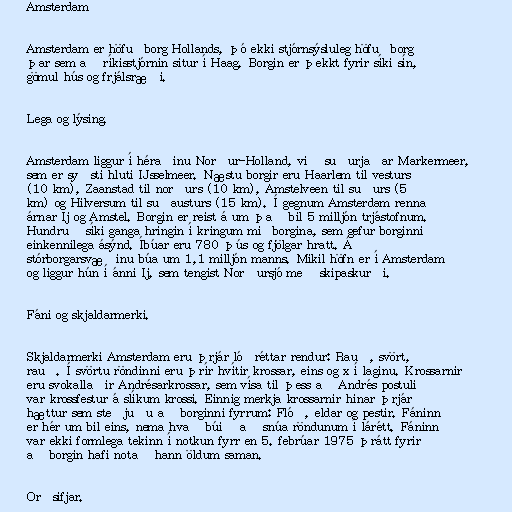
Amsterdam

Amsterdam er höfuðborg Hollands, þó ekki stjórnsýsluleg höfuðborg
þar sem að ríkisstjórnin situr í Haag. Borgin er þekkt fyrir síki sín,
gömul hús og frjálsræði.

Lega og lýsing.

Amsterdam liggur í héraðinu Norður-Holland, við suðurjaðar Markermeer,
sem er syðsti hluti IJsselmeer. Næstu borgir eru Haarlem til vesturs
(10 km), Zaanstad til norðurs (10 km), Amstelveen til suðurs (5
km) og Hilversum til suðausturs (15 km). Í gegnum Amsterdam renna
árnar Ij og Amstel. Borgin er reist á um það bil 5 milljón trjástofnum.
Hundruð síki ganga hringin í kringum miðborgina, sem gefur borginni
einkennilega ásýnd. Íbúar eru 780 þús og fjölgar hratt. Á
stórborgarsvæðinu búa um 1,1 milljón manns. Mikil höfn er í Amsterdam
og liggur hún í ánni Ij, sem tengist Norðursjó með skipaskurði.

Fáni og skjaldarmerki.

Skjaldarmerki Amsterdam eru þrjár lóðréttar rendur: Rauð, svört,
rauð. Í svörtu röndinni eru þrír hvítir krossar, eins og x í laginu. Krossarnir
eru svokallaðir Andrésarkrossar, sem vísa til þess að Andrés postuli
var krossfestur á slíkum krossi. Einnig merkja krossarnir hinar þrjár
hættur sem steðjuðu að borginni fyrrum: Flóð, eldar og pestir. Fáninn
er hér um bil eins, nema hvað búið að snúa röndunum í lárétt. Fáninn
var ekki formlega tekinn í notkun fyrr en 5. febrúar 1975 þrátt fyrir
að borgin hafi notað hann öldum saman.

Orðsifjar.